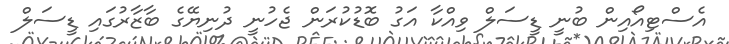
އެސްޓިއޯއިން ބުނީ ޑީސަލް ވިއްކާ އަގު ބޮޑުކުރަން ޖެހުނީ ދުނިޔޭގެ ބާޒާރުގައި ޑީސަލް